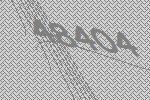
48404